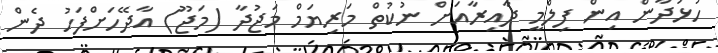
ހުޅުދާން އިން ފިލްމީ ދާއިރާއަށް ނުކުތް މަރިޔަމް މަޖުދާ (މަޖޫ) އާދޭހަށްފަހު ދެން